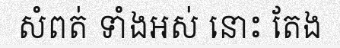
សំពត់ ទាំងអស់ នោះ តែង